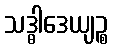
သဒ္ဓါဒေယျဉ္စ